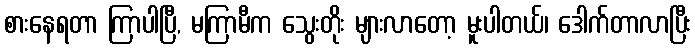
စားနေရတာ ကြာပါပြီ, မကြာမီက သွေးတိုး များလာတော့ မူးပါတယ်၊ ဒေါက်တာလာပြီး